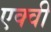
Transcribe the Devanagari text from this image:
एक्वी